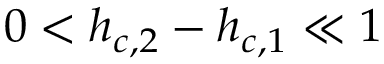
0 < h _ { c , 2 } - h _ { c , 1 } \ll 1